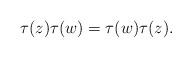
LaTeX: \begin{align*}\tau(z)\tau(w)=\tau(w)\tau(z). \end{align*}